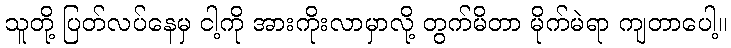
သူတို့ ပြတ်လပ်နေမှ ငါ့ကို အားကိုးလာမှာလို့ တွက်မိတာ မိုက်မဲရာ ကျတာပေါ့။